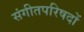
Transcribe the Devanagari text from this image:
संगीतपरिषदों